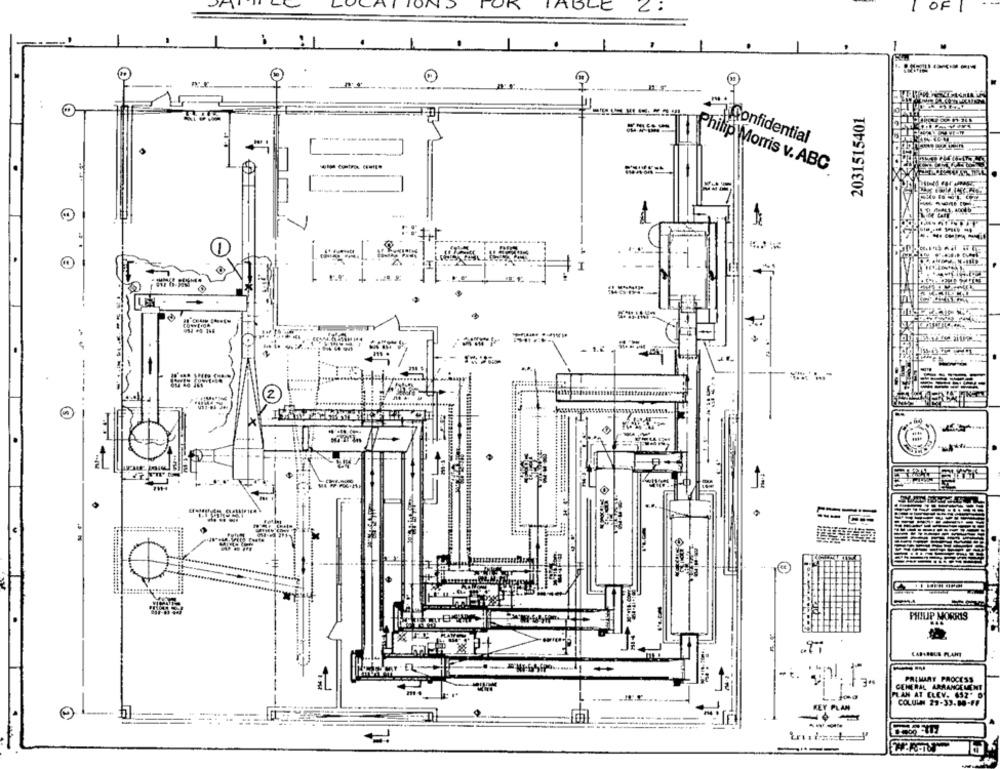
OK
TABLE
2031515401
confidential
Philip Morris v. ABC
2
-
PHILIP MORRIS
PRIMAAT PROCESS
7 00
GENERAL ARRANGEMENT
PLAN AT ELEV. 652* 0
KEY PLAN
COLULN 29-33.00-FF
---